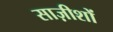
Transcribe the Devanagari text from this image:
साज़ीशों